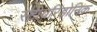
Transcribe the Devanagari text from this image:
स्टीयरिड़ोनिक